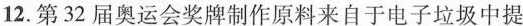
12.第32届奥运会奖牌制作原料来自于电子垃圾中提